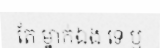
តែ ម្នាក់ឯង ទេ ឬ